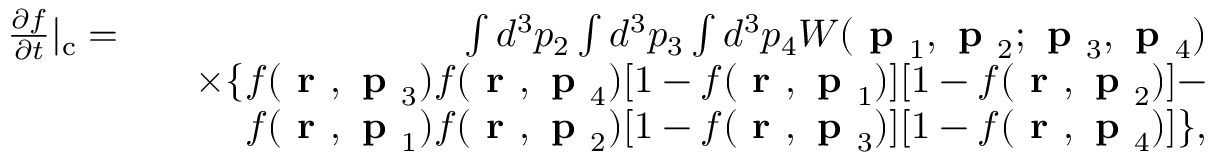
\begin{array} { r l r } { \frac { \partial f } { \partial t } | _ { \mathrm { c } } = } & { } & { \int d ^ { 3 } p _ { 2 } \int d ^ { 3 } p _ { 3 } \int d ^ { 3 } p _ { 4 } W ( \textbf { p } _ { 1 } , \textbf { p } _ { 2 } ; \textbf { p } _ { 3 } , \textbf { p } _ { 4 } ) } \\ & { } & { \times \{ f ( \textbf { r } , \textbf { p } _ { 3 } ) f ( \textbf { r } , \textbf { p } _ { 4 } ) [ 1 - f ( \textbf { r } , \textbf { p } _ { 1 } ) ] [ 1 - f ( \textbf { r } , \textbf { p } _ { 2 } ) ] - } \\ & { } & { f ( \textbf { r } , \textbf { p } _ { 1 } ) f ( \textbf { r } , \textbf { p } _ { 2 } ) [ 1 - f ( \textbf { r } , \textbf { p } _ { 3 } ) ] [ 1 - f ( \textbf { r } , \textbf { p } _ { 4 } ) ] \} , } \end{array}